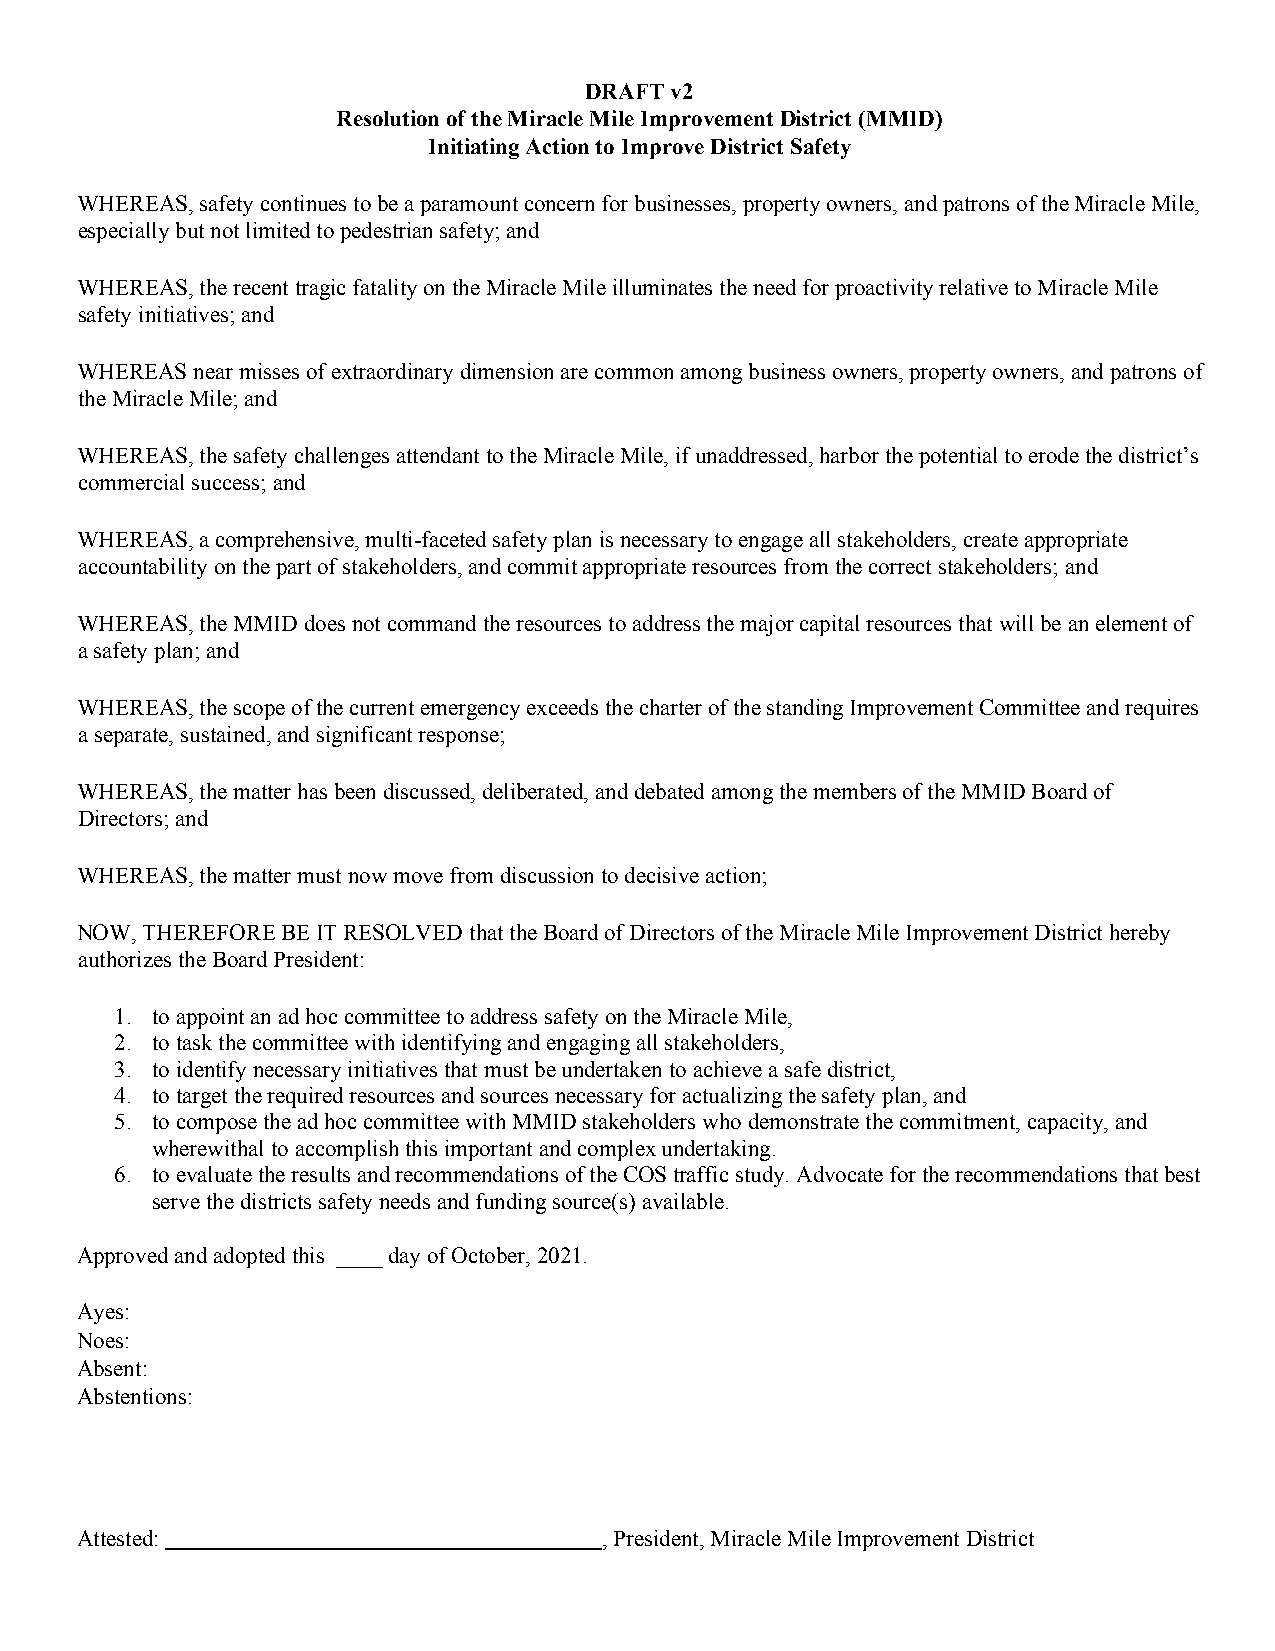
DRAFT v2
 Resolution of the Miracle Mile Improvement District (MMID)
 Initiating Action to Improve District Safety
 WHEREAS, safety continues to be a paramount concern for businesses, property owners, and patrons of the Miracle Mile,
 especially but not limited to pedestrian safety; and
 WHEREAS, the recent tragic fatality on the Miracle Mile illuminates the need for proactivity relative to Miracle Mile
 safety initiatives; and
 WHEREAS near misses of extraordinary dimension are common among business owners, property owners, and patrons of
 the Miracle Mile; and
 WHEREAS, the safety challenges attendant to the Miracle Mile, if unaddressed, harbor the potential to erode the district’s
 commercial success; and
 WHEREAS, a comprehensive, multi-faceted safety plan is necessary to engage all stakeholders, create appropriate
 accountability on the part of stakeholders, and commit appropriate resources from the correct stakeholders; and
 WHEREAS, the MMID does not command the resources to address the major capital resources that will be an element of
 a safety plan; and
 WHEREAS, the scope of the current emergency exceeds the charter of the standing Improvement Committee and requires
 a separate, sustained, and significant response;
 WHEREAS, the matter has been discussed, deliberated, and debated among the members of the MMID Board of
 Directors; and
 WHEREAS, the matter must now move from discussion to decisive action;
 NOW, THEREFORE BE IT RESOLVED that the Board of Directors of the Miracle Mile Improvement District hereby
 authorizes the Board President:
 1. to appoint an ad hoc committee to address safety on the Miracle Mile,
 2. to task the committee with identifying and engaging all stakeholders,
 3. to identify necessary initiatives that must be undertaken to achieve a safe district,
 4. to target the required resources and sources necessary for actualizing the safety plan, and
 5. to compose the ad hoc committee with MMID stakeholders who demonstrate the commitment, capacity, and
 wherewithal to accomplish this important and complex undertaking.
 6. to evaluate the results and recommendations of the COS traffic study. Advocate for the recommendations that best
 serve the districts safety needs and funding source(s) available.
 Approved and adopted this ____ day of October, 2021.
 Ayes:
 Noes:
 Absent:
 Abstentions:
 Attested:                          , President, Miracle Mile Improvement District